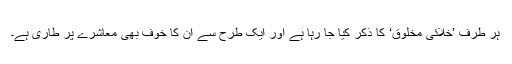
ہر طرف ’خلائی مخلوق‘ کا ذکر کیا جا رہا ہے اور ایک طرح سے ان کا خوف بھی معاشرے پر طاری ہے۔